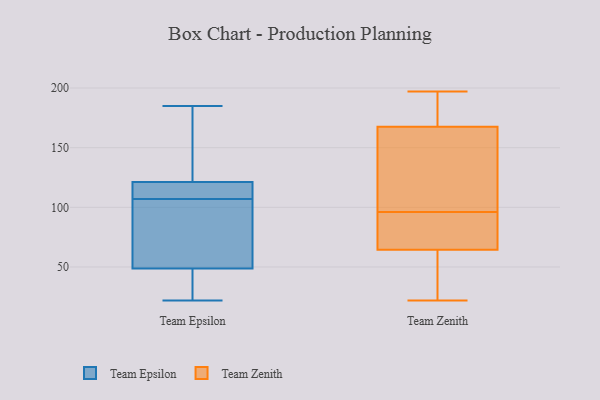
{"axis": {"x": "Conversion Rate (%)", "y": "Value"}, "legend": ["Team Epsilon", "Team Zenith"], "data": [{"x": "", "y": 185, "type": "Team Epsilon"}, {"x": "", "y": 100, "type": "Team Epsilon"}, {"x": "", "y": 122, "type": "Team Epsilon"}, {"x": "", "y": 36, "type": "Team Epsilon"}, {"x": "", "y": 121, "type": "Team Epsilon"}, {"x": "", "y": 34, "type": "Team Epsilon"}, {"x": "", "y": 112, "type": "Team Epsilon"}, {"x": "", "y": 121, "type": "Team Epsilon"}, {"x": "", "y": 140, "type": "Team Epsilon"}, {"x": "", "y": 32, "type": "Team Epsilon"}, {"x": "", "y": 60, "type": "Team Epsilon"}, {"x": "", "y": 22, "type": "Team Epsilon"}, {"x": "", "y": 163, "type": "Team Epsilon"}, {"x": "", "y": 53, "type": "Team Epsilon"}, {"x": "", "y": 107, "type": "Team Epsilon"}, {"x": "", "y": 65, "type": "Team Epsilon"}, {"x": "", "y": 109, "type": "Team Epsilon"}, {"x": "", "y": 60, "type": "Team Zenith"}, {"x": "", "y": 84, "type": "Team Zenith"}, {"x": "", "y": 197, "type": "Team Zenith"}, {"x": "", "y": 29, "type": "Team Zenith"}, {"x": "", "y": 66, "type": "Team Zenith"}, {"x": "", "y": 22, "type": "Team Zenith"}, {"x": "", "y": 195, "type": "Team Zenith"}, {"x": "", "y": 96, "type": "Team Zenith"}, {"x": "", "y": 96, "type": "Team Zenith"}, {"x": "", "y": 175, "type": "Team Zenith"}, {"x": "", "y": 165, "type": "Team Zenith"}, {"x": "", "y": 84, "type": "Team Zenith"}, {"x": "", "y": 101, "type": "Team Zenith"}]}